Indian journal of veterinary science and animal husbandry - Volumes 15-17, 1948-1951
Year: 1948
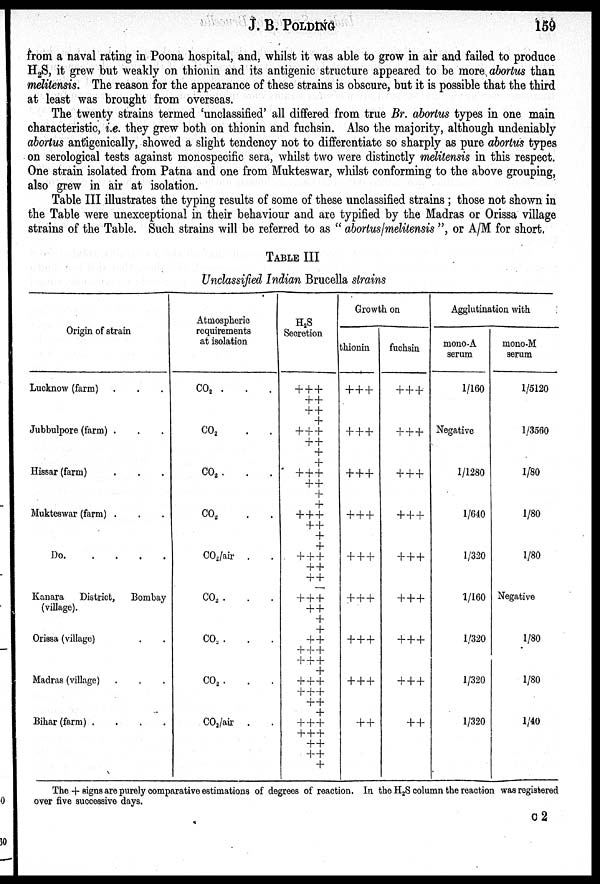
J. B. POLDING
159
from a naval rating in Poona hospital, and, whilst it was able to grow in air and failed to produce
H 2 S, it grew but weakly on thionin and its antigenic structure appeared to be more abortus than
melitensis. The reason for the appearance of these strains is obscure, but it is possible that the third
at least was brought from overseas.
The twenty strains termed 'unclassified' all differed from true Br. abortus types in one main
characteristic, i.e. they grew both on thionin and fuchsin. Also the majority, although undeniably
abortus antigenically, showed a slight tendency not to differentiate so sharply as pure abortus types
on serological tests against monospecific sera, whilst two were distinctly melitensis in this respect.
One strain isolated from Patna and one from Mukteswar, whilst conforming to the above grouping,
also grew in air at isolation.
Table III illustrates the typing results of some of these unclassified strains ; those not shown in
the Table were unexceptional in their behaviour and are typified by the Madras or Orissa village
strains of the Table. Such strains will be referred to as " abortus/melitensis", or A/M for short.
TABLE III
Unclassified Indian Brucella strains
Origin of strain
Lucknow (farm) . . .
Jubbulpore (farm) . . .
Hissar (farm) . . .
Mukteswar (farm) . . .
Do. . . . .
Kanara
District,
Bombay
(village).
Orissa (village) . .
Madras (village) . . .
Bihar (farm) .
.
.
.
Atmospheric
requirements
at isolation
CO 2 . . .
CO 2 . . .
CO 2 .
.
.
CO 2 . . .
CO 2 /air . .
CO 2 . . .
CO 2 . . .
CO 2 . . .
CO 2 /air . .
H 2 S
Secretion
+ + +
+ +
+ +
+
+ + +
+ +
+
+
+ + +
+ +
+
+
+ + +
+ +
+
+
+ + +
+ +
+ +
— + + +
+ +
+
+
+ +
+ + +
+ + +
+
+ + +
+
+ +
+ +
+
+
+ +
+
+ +
+ +
+ +
+
Growth on
thionin
+ + +
+ + +
+ + +
+
+ +
+ + +
+ + +
+ + +
+ + +
+ +
fuchsin
+ + +
+ + +
+ + +
+ + +
+ + +
+ + +
+ + +
+ + +
+ +
Agglutination with
mono-A
serum
1/160
Negative
1/1280
1/640
1/320
1/160
1/320
1/320
1/320
mono-M
serum
1/5120
1/3560
1/80
1/80
1/80
Negative
1/80
1/80
1/40
The + signs are purely comparative estimations of degrees of reaction. In the H 2 S column the reaction was registered
over five successive days.
C 2